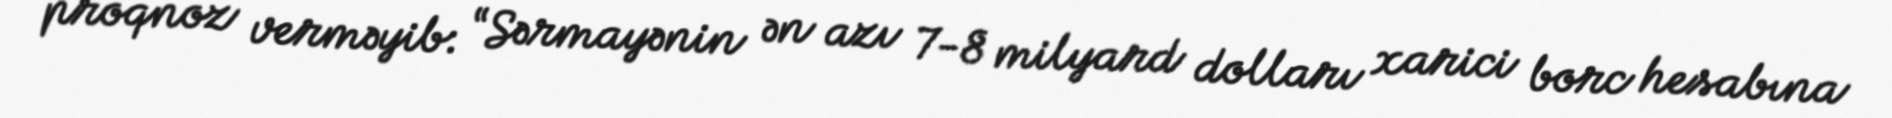
proqnoz verməyib: “Sərmayənin ən azı 7-8 milyard dolları xarici borc hesabına